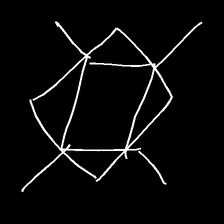
Glyph: light